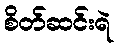
စိတ်ဆင်းရဲ